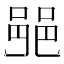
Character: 𨛜